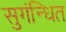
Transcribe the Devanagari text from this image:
सुगंन्‍धित